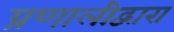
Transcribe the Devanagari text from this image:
प्रणालीद्वारा